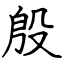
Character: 殷